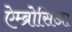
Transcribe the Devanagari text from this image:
ऐम्ब्रोसिआ